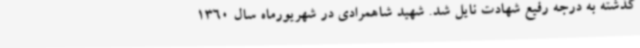
گذشته به درجه رفیع شهادت نایل شد. شهید شاهمرادی در شهریورماه سال 1360